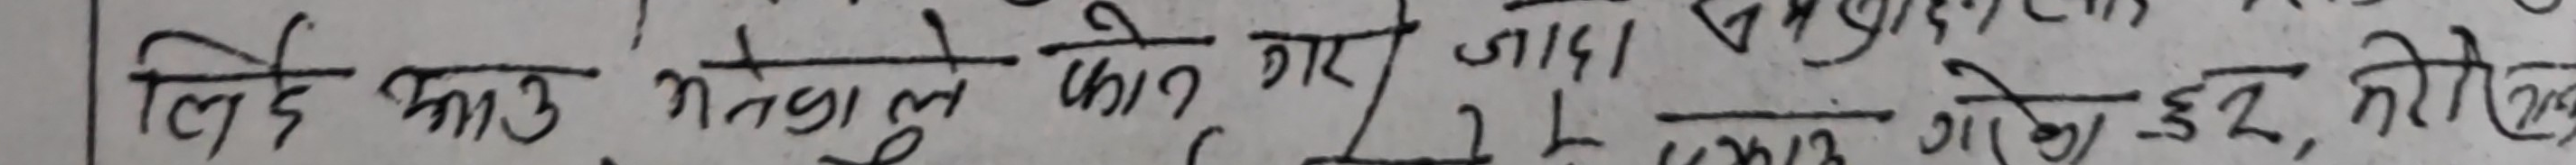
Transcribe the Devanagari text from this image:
लि देका मनुले फोन गर जाँदा १३ को दूरको होई